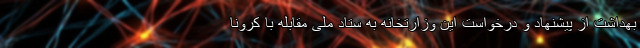
بهداشت از پیشنهاد و درخواست این وزارتخانه به ستاد ملی مقابله با کرونا